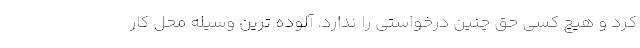
کرد و هیچ کسی حق چنین درخواستی را ندارد. آلوده ترین وسیله محل کار